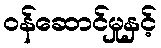
ဝန်ဆောင်မှုနှင့်